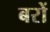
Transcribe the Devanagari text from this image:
बरों